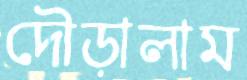
দৌড়ালাম